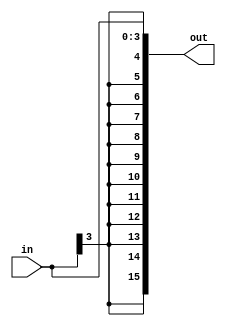
`timescale 1ns / 1ps
//////////////////////////////////////////////////////////////////////////////////
// Company: 
// Engineer: 
// 
// Design Name: 
// Module Name:    sign_extend 
// Project Name: 
// Target Devices: 
// Tool versions: 
// Description: 
//
// Dependencies: 
//
// Revision: 
// Revision 0.01 - File Created
// Additional Comments: 
//
//////////////////////////////////////////////////////////////////////////////////
module sign_extend(in, out);
input[3:0] in;
output[15:0] out;
assign out = {{12{in[3]}}, in[3:0]};

endmodule